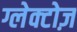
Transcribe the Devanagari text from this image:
ग्लेक्टोज़